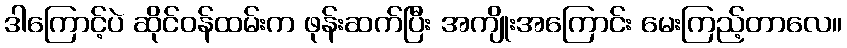
ဒါကြောင့်ပဲ ဆိုင်ဝန်ထမ်းက ဖုန်းဆက်ပြီး အကျိုးအကြောင်း မေးကြည့်တာလေ။